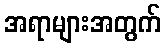
အရာများအတွက်